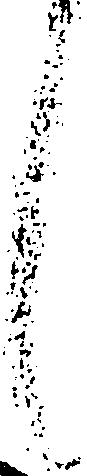
し